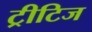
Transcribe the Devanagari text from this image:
ट्रीटिज